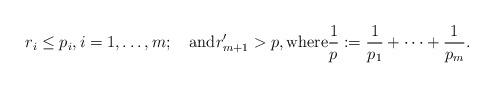
LaTeX: \begin{align*}r_i\le p_i,i=1,\dots, m;\quad\mbox{and}r_{m+1}'>p,\mbox{where}\frac1p:=\frac1{p_1}+\dots+\frac1{p_{m}}.\end{align*}